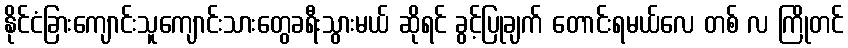
နိုင်ငံခြားကျောင်းသူကျောင်းသားတွေခရီးသွားမယ် ဆိုရင် ခွင့်ပြုချက် တောင်းရမယ်လေ တစ် လ ကြိုတင်